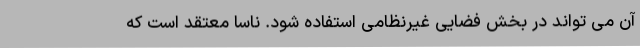
آن می تواند در بخش فضایی غیرنظامی استفاده شود. ناسا معتقد است که